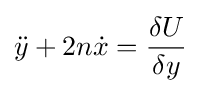
{\ddot {y}}+2n{\dot {x}}={\frac {\delta U}{\delta y}}